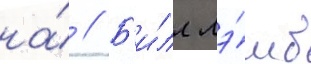
на́ // Б'и́лл лэ́мб